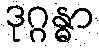
ဒုဂ္ဂန္ဓာ